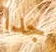
جدا